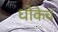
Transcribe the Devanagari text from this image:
धोकेच